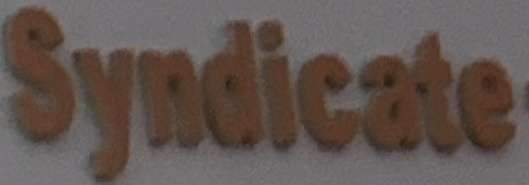
Syndicate